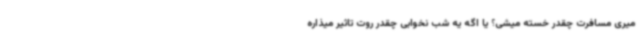
میری مسافرت چقدر خسته میشی؟ یا اگه یه شب نخوابی چقدر روت تاثیر میذاره